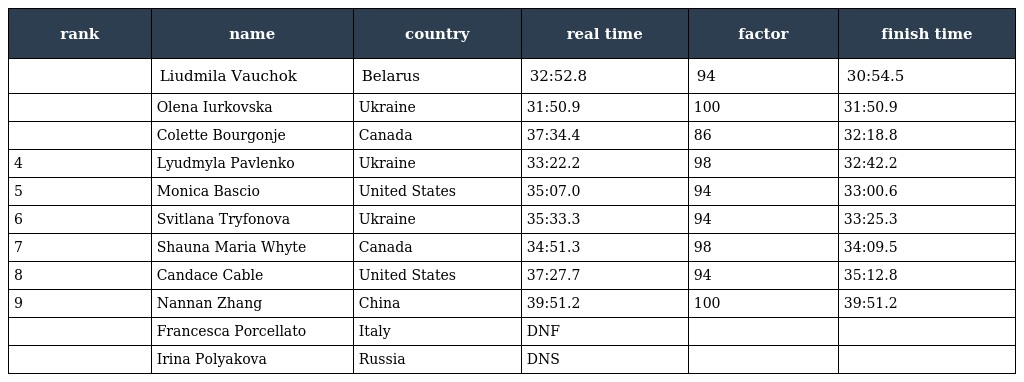
| rank | name | country | real time | factor | finish time |
 | --- | --- | --- | --- | --- | --- |
 |  | Liudmila Vauchok | Belarus | 32:52.8 | 94 | 30:54.5 |
 |  | Olena Iurkovska | Ukraine | 31:50.9 | 100 | 31:50.9 |
 |  | Colette Bourgonje | Canada | 37:34.4 | 86 | 32:18.8 |
 | 4 | Lyudmyla Pavlenko | Ukraine | 33:22.2 | 98 | 32:42.2 |
 | 5 | Monica Bascio | United States | 35:07.0 | 94 | 33:00.6 |
 | 6 | Svitlana Tryfonova | Ukraine | 35:33.3 | 94 | 33:25.3 |
 | 7 | Shauna Maria Whyte | Canada | 34:51.3 | 98 | 34:09.5 |
 | 8 | Candace Cable | United States | 37:27.7 | 94 | 35:12.8 |
 | 9 | Nannan Zhang | China | 39:51.2 | 100 | 39:51.2 |
 |  | Francesca Porcellato | Italy | DNF |  |  |
 |  | Irina Polyakova | Russia | DNS |  |  |